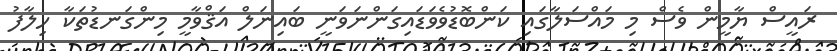
ރައީސް ޔާމީން ވެސް މި މައްސަލާގައި ކަންބޮޑުވެވަޑައިގަންނަވަނީ ބައިނަލް އަޤްވާމީ މިންގަނޑުތަކާ ހިލާފު